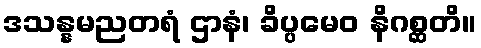
ဒသန္နမညတရံ ဌာနံ၊ ခိပ္ပမေဝ နိဂစ္ဆတိ။